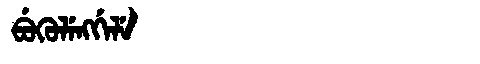
Manchu: ᠪᡠᡴᡠᠯᡝᠩᡤᡝᠯᡝ
Romanization: BUKULENGGELE